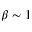
\beta \sim 1